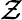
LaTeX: {\cal Z}